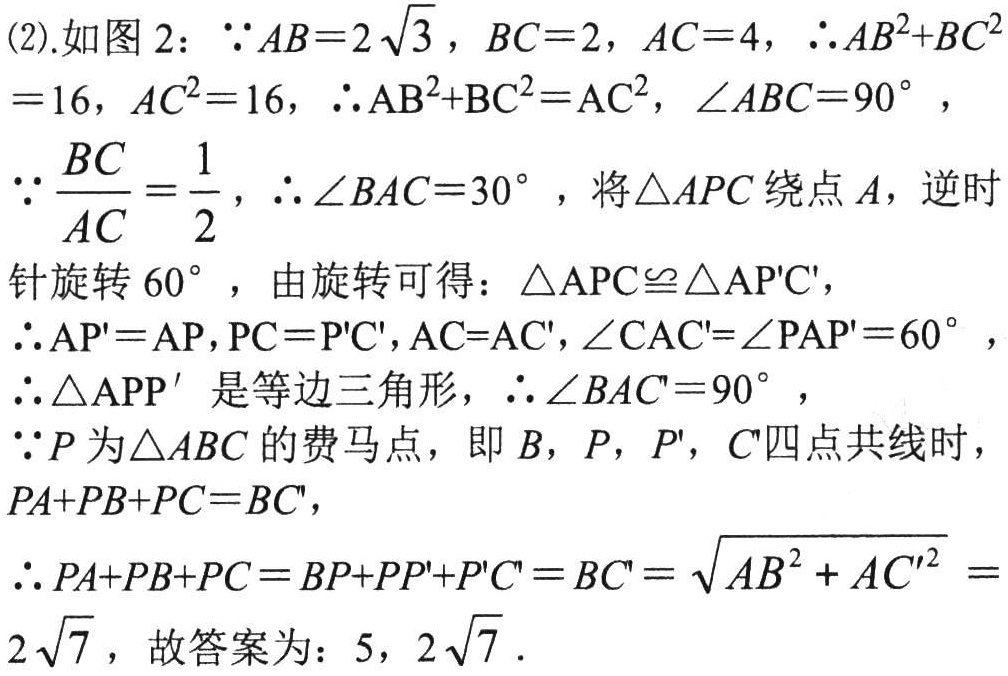
(2).如图 2：$\because AB = 2\sqrt{3}$，$BC = 2$，$AC = 4$，$\therefore AB^{2}+BC^{2}=16$，$AC^{2}=16$，$\therefore \mathrm{AB}^{2}+\mathrm{BC}^{2}=\mathrm{AC}^{2}$，$\angle ABC = 90^{\circ}$，

$\because \frac{BC}{AC}=\frac{1}{2}$，$\therefore \angle BAC = 30^{\circ}$，将$\triangle APC$绕点$A$，逆时针旋转$60^{\circ}$，由旋转可得：$\triangle \mathrm{APC}\cong\triangle \mathrm{AP}^{\prime}\mathrm{C}^{\prime}$，

$\therefore \mathrm{AP}^{\prime}=\mathrm{AP}$，$\mathrm{PC}=\mathrm{P}^{\prime}\mathrm{C}^{\prime}$，$\mathrm{AC}=\mathrm{AC}^{\prime}$，$\angle \mathrm{CAC}^{\prime}=\angle \mathrm{PAP}^{\prime}=60^{\circ}$，

$\therefore \triangle \mathrm{APP}^{\prime}$是等边三角形，$\therefore \angle \mathrm{BAC}^{\prime}=90^{\circ}$，

$\because P$为$\triangle ABC$的费马点，即$B$，$P$，$P^{\prime}$，$C^{\prime}$四点共线时，$PA + PB + PC = BC^{\prime}$，

$\therefore PA + PB + PC = BP + PP^{\prime}+P^{\prime}C^{\prime}=BC^{\prime}=\sqrt{AB^{2}+AC^{\prime 2}}=2\sqrt{7}$，故答案为：$5$，$2\sqrt{7}$．